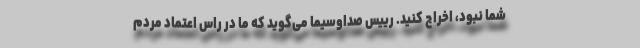
شما نبود، اخراج کنید. رییس صداوسیما می‌گوید که ما در راس اعتماد مردم